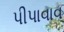
પીપાવાવ